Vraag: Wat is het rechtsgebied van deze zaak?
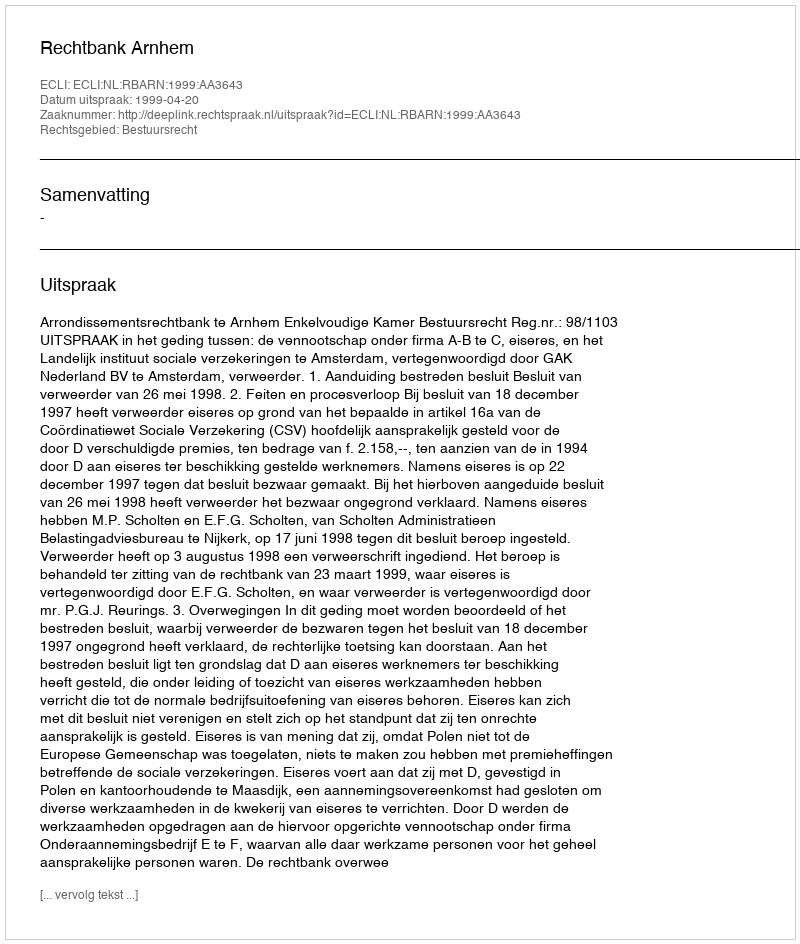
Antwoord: Bestuursrecht